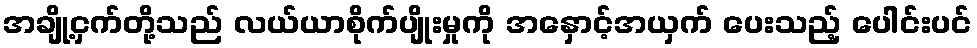
အချို့ငှက်တို့သည် လယ်ယာစိုက်ပျိုးမှုကို အနှောင့်အယှက် ပေးသည့် ပေါင်းပင်